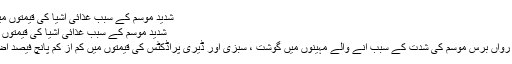
شدید موسم کے سبب غذائی اشیا کی قیمتوں میں 5 فیصد اضافہ -
شدید موسم کے سبب غذائی اشیا کی قیمتوں میں 5 فیصد اضافہ
لندن : برطانیہ میں رواں برس موسم کی شدت کے سبب آنے والے مہینوں میں گوشت ، سبزی اور ڈیری پراڈکٹس کی قیمتوں میں کم از کم پانچ فیصد اضافے کا امکان ہے۔